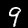
Label: 9